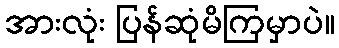
အားလုံး ပြန်ဆုံမိကြမှာပဲ။